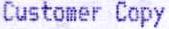
CUSTOMER COPY